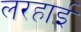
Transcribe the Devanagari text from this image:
लरहाई